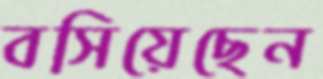
বসিয়েছেন